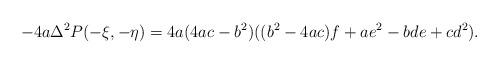
LaTeX: \begin{align*} -4a \Delta^{2} P(-\xi,-\eta) = 4a(4ac-b^{2})((b^{2}-4ac)f + ae^{2} - bde + cd^{2}).\end{align*}